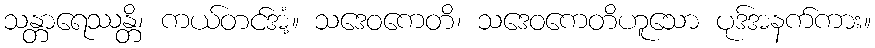
သန္တာရေဿန္တိ၊ ကယ်တင်အံ့။ သဒေဝကေတိ၊ သဒေဝကေတိဟူသော ပုဒ်အနက်ကား။